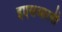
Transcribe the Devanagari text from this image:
इएसआरबी